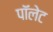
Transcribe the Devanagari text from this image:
पॉलेट